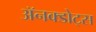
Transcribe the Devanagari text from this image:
ॲनक्डोट्स